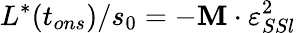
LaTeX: L^{*}(t_{ons})/s_{0}=-\mathbf{M}\cdot\varepsilon_{SSl}^{2}